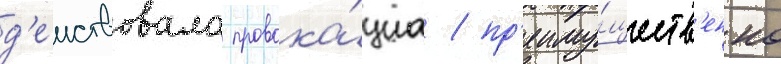
д'еиствовала провока́циа / пр'еиму́ществ'енно